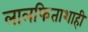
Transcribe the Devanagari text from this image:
लालफिताशाही